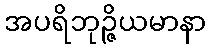
အပရိဘုဉ္ဇိယမာနာ